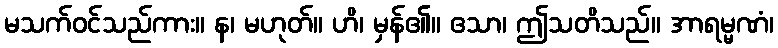
မသက်ဝင်သည်ကား။ န၊ မဟုတ်။ ဟိ၊ မှန်၏။ ဧသာ၊ ဤသတိသည်။ အာရမ္မဏံ၊